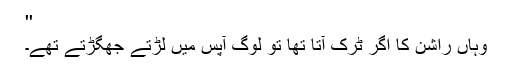
''
وہاں راشن کا اگر ٹرک آتا تھا تو لوگ آپس میں لڑتے جھگڑتے تھے۔